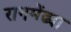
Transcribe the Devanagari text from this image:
रानमेंढ्या